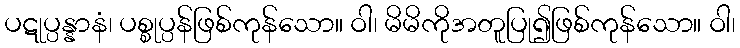
ပဋုပ္ပန္နာနံ၊ ပစ္စုပ္ပန်ဖြစ်ကုန်သော။ ဝါ၊ မိမိကိုအတူပြု၍ဖြစ်ကုန်သော။ ဝါ၊